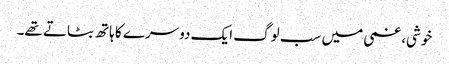
خوشی، غمی میں سب لوگ ایک دوسرے کا ہاتھ بٹاتے تھے۔